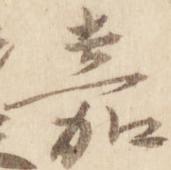
嘉